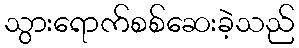
သွားရောက်စစ်ဆေးခဲ့သည်